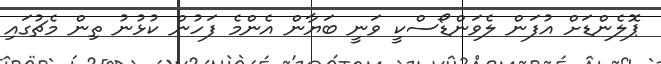
ޕޮލެންޑަށް އުފަން ލެވަންޑޯސްކީ ވަނީ ބަޔާން އެންމެ ފަހުން ކުޅުނު ތިން މެޗުގައި